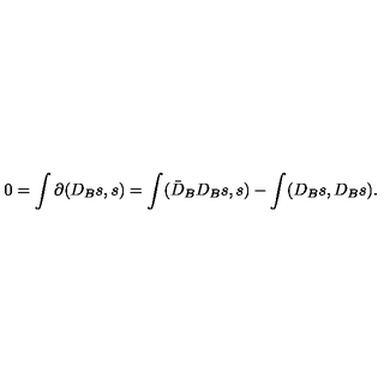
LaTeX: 0 = \int \partial ( D _ { B } s , s ) = \int ( \bar { D } _ { B } D _ { B } s , s ) - \int ( D _ { B } s , D _ { B } s ) .